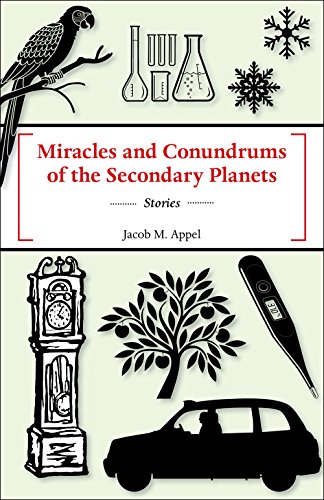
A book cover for Miracles and Conundrums of the Secondary Planets; Jacob M Appel; Science Fiction & Fantasy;